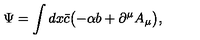
\Psi = \int d x \bar { c } \bigl ( - \alpha b + \partial ^ { \mu } A _ { \mu } \bigr ) ,